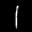
Label: 1